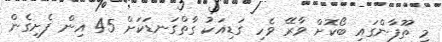
މި ތޫފާންގައި ބޯކޮށް ވާރޭ ވެހި ގަޑިއަކު ގާތްގަނޑަކަށް 45 އިން ފެށިގެން